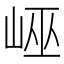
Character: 𡷯